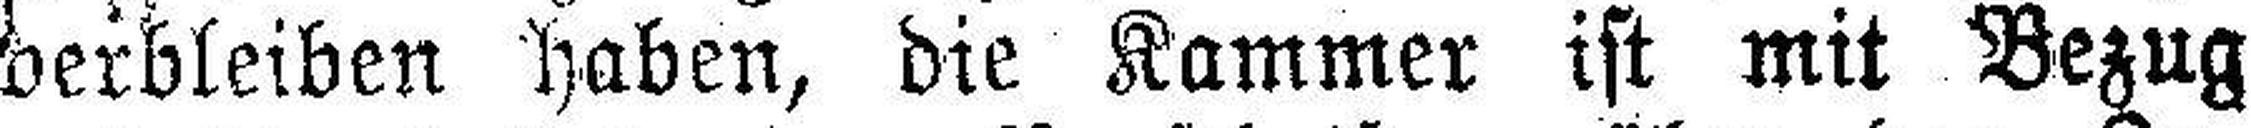
verbleiben haben, die Kammer ist mit Bezug